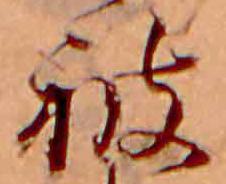
被